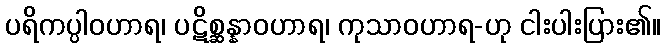
ပရိကပ္ပါဝဟာရ၊ ပဋိစ္ဆန္နာဝဟာရ၊ ကုသာဝဟာရ-ဟု ငါးပါးပြား၏။